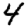
Digit: 4